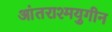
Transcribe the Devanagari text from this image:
आंतराश्मयुगीन